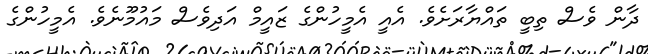
ދާން ވެސް ތިބީ ތައްޔާރަށެވެ. އެއީ އެމީހުންގެ ޒައީމް އަދިވެސް މައުމޫނެވެ. އެމީހުންގެ